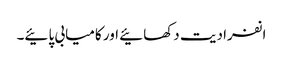
انفرادیت دکھائیے اور کامیابی پائیے۔